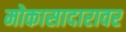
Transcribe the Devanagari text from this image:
मोकासादारावर